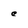
Character: e